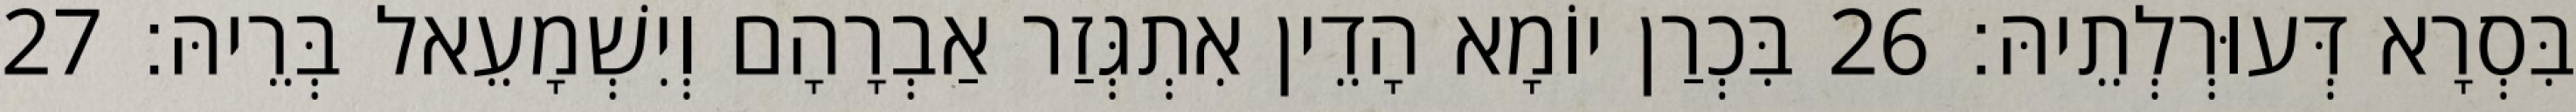
בִּסְרָא דְּעוּרְלְתֵיהּ׃ 26 בִּכְרַן יוֹמָא הָדֵין אִתְגְּזַר אַבְרָהָם וְיִשְׁמָעֵאל בְּרֵיהּ׃ 27